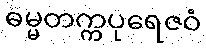
ဓမ္မတက္ကပုရေဇဝံ